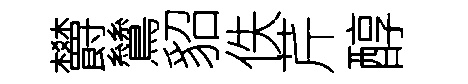
欝鷥貂佚芹醇